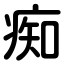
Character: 痴